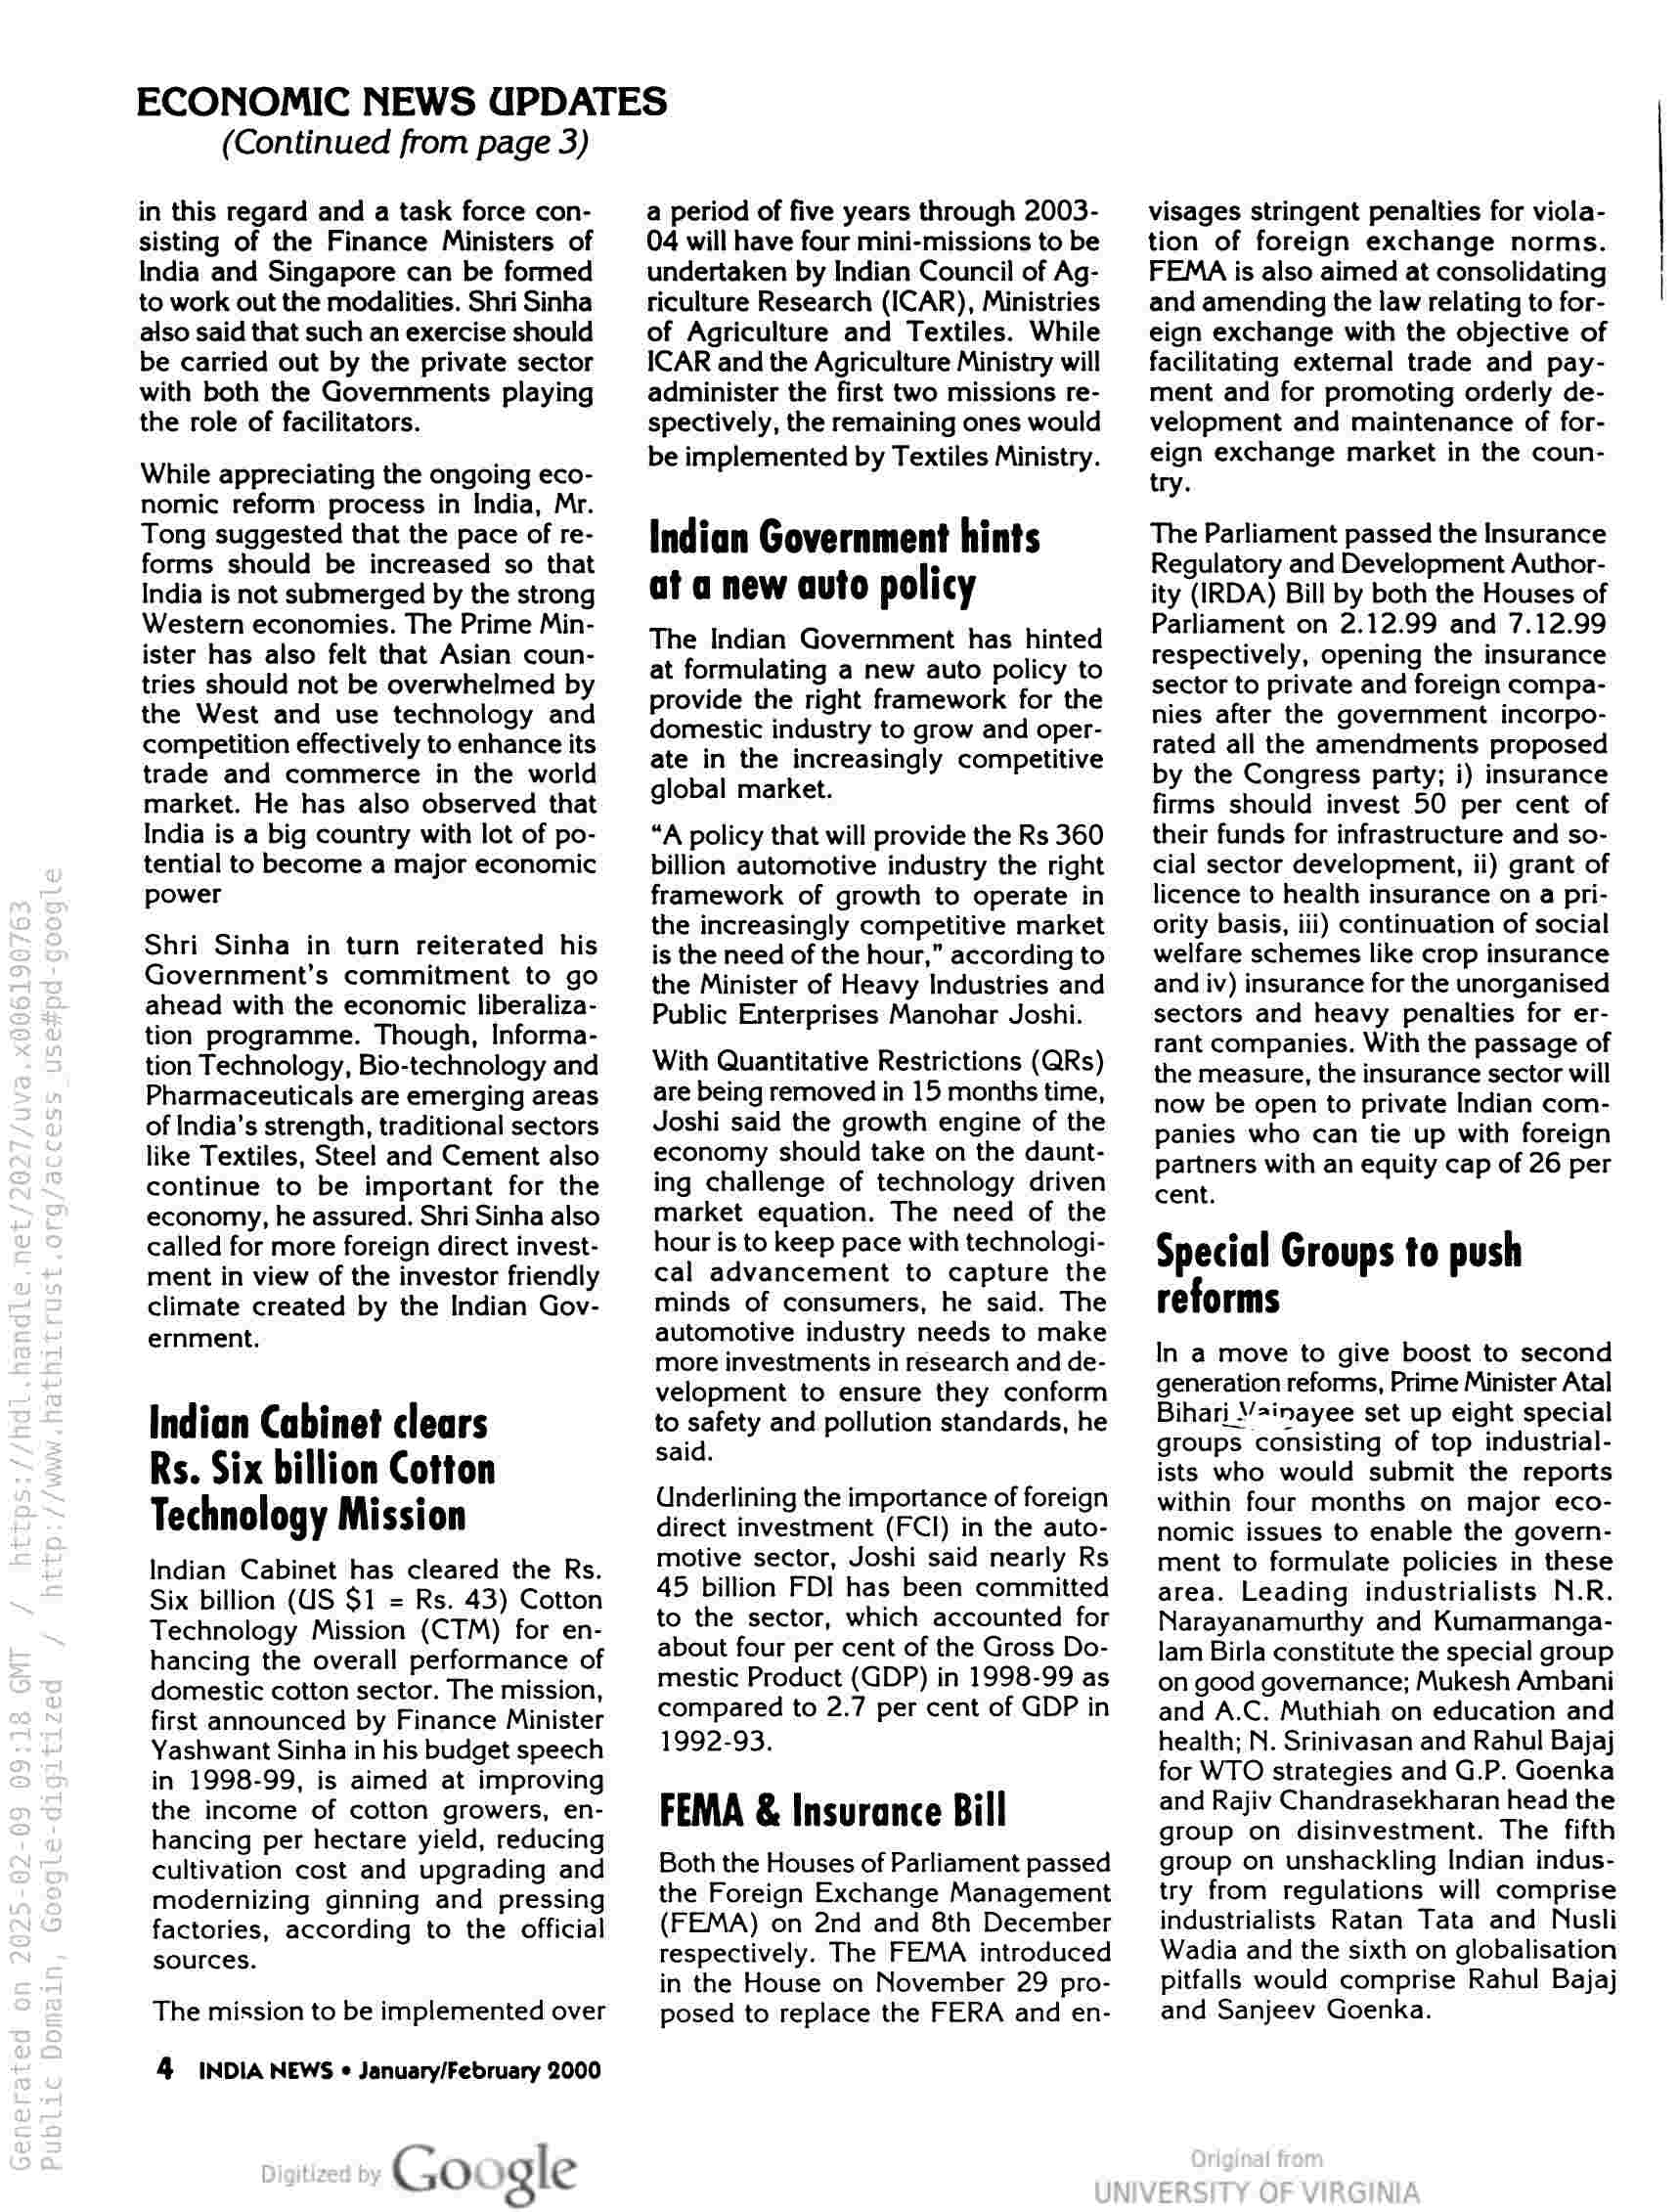
ECONOMIC NEWS UPDATES

(Continued from page 3)

in this regard and a task force con-
sisting of the Finance Ministers of
India and Singapore can be formed
to work out the modalities. Shri Sinha
also said that such an exercise should
be carried out by the private sector
with both the Governments playing
the role of facilitators.

While appreciating the ongoing eco-
nomic reform process in India, Mr.
Tong suggested that the pace of re-
forms should be increased so that
India is not submerged by the strong
Western economies. The Prime Min-
ister has also felt that Asian coun-
tries should not be overwhelmed by
the West and use technology and
competition effectively to enhance its
trade and commerce in the world
market. He has also observed that
India is a big country with lot of po-
tential to become a major economic
power

Shri Sinha in turn reiterated his
Government’s commitment to go
ahead with the economic liberaliza-
tion programme. Though, Informa-
tion Technology, Bio-technology and
Pharmaceuticals are emerging areas
of India’s strength, traditional sectors
like Textiles, Steel and Cement also
continue to be important for the
economy, he assured. Shri Sinha also
called for more foreign direct invest-
ment in view of the investor friendly
climate created by the Indian Gov-
ernment.

Indian Cabinet clears
Rs. Six billion Cotton
Technology Mission

Indian Cabinet has cleared the Rs.
Six billion (US $1 = Rs. 43) Cotton
Technology Mission (CTM) for en-
hancing the overall performance of
domestic cotton sector. The mission,
first announced by Finance Minister
Yashwant Sinha in his budget speech
in 1998-99, is aimed at improving
the income of cotton growers, en-
hancing per hectare yield, reducing
cultivation cost and upgrading and
modernizing ginning and pressing
factories, according to the official
sources.

The mission to be implemented over

4 INDIA NEWS © January/February 2000

Google

a period of five years through 2003-
04 will have four mini-missions to be
undertaken by Indian Council of Ag-
riculture Research (ICAR), Ministries
of Agriculture and Textiles. While
ICAR and the Agriculture Ministry will
administer the first two missions re-
spectively, the remaining ones would
be implemented by Textiles Ministry.

Indian Government hints
at a new auto policy

The Indian Government has hinted
at formulating a new auto policy to
provide the right framework for the
domestic industry to grow and oper-
ate in the increasingly competitive
global market.

“A policy that will provide the Rs 360
billion automotive industry the right
framework of growth to operate in
the increasingly competitive market
is the need of the hour,” according to
the Minister of Heavy Industries and
Public Enterprises Manohar Joshi.

With Quantitative Restrictions (QRs)
are being removed in 15 months time,
Joshi said the growth engine of the
economy should take on the daunt-
ing challenge of technology driven
market equation. The need of the
hour is to keep pace with technologi-
cal advancement to capture the
minds of consumers, he said. The
automotive industry needs to make
more investments in research and de-
velopment to ensure they conform
to safety and pollution standards, he
said.

Underlining the importance of foreign
direct investment (FCI) in the auto-
motive sector, Joshi said nearly Rs
45 billion FDI has been committed
to the sector, which accounted for
about four per cent of the Gross Do-
mestic Product (GDP) in 1998-99 as
compared to 2.7 per cent of GDP in
1992-93.

FEMA & Insurance Bill

Both the Houses of Parliament passed
the Foreign Exchange Management
(FEMA) on 2nd and 8th December
respectively. The FEMA introduced
in the House on November 29 pro-
posed to replace the FERA and en-

visages stringent penalties for viola-
tion of foreign exchange norms.
FEMA is also aimed at consolidating
and amending the law relating to for-
eign exchange with the objective of
facilitating external trade and pay-
ment and for promoting orderly de-
velopment and maintenance of for-
eign exchange market in the coun-
try.

The Parliament passed the Insurance
Regulatory and Development Author-
ity (IRDA) Bill by both the Houses of
Parliament on 2.12.99 and 7.12.99
respectively, opening the insurance
sector to private and foreign compa-
nies after the government incorpo-
rated all the amendments proposed
by the Congress party; i) insurance
firms should invest 50 per cent of
their funds for infrastructure and so-
cial sector development, ii) grant of
licence to health insurance on a pri-
ority basis, iii) continuation of social
welfare schemes like crop insurance
and iv) insurance for the unorganised
sectors and heavy penalties for er-
rant companies. With the passage of
the measure, the insurance sector will
now be open to private Indian com-
panies who can tie up with foreign
partners with an equity cap of 26 per
cent.

Special Groups to push
reforms

In a move to give boost to second
generation reforms, Prime Minister Atal
Bihari_/ainayee set up eight special
groups consisting of top industrial-
ists who would submit the reports
within four months on major eco-
nomic issues to enable the govern-
ment to formulate policies in these
area. Leading industrialists N.R.
Narayanamurthy and Kumarmanga-
lam Birla constitute the special group
on good governance; Mukesh Ambani
and A.C. Muthiah on education and
health; N. Srinivasan and Rahul Bajaj
for WTO strategies and G.P. Goenka
and Rajiv Chandrasekharan head the
group on disinvestment. The fifth
group on unshackling Indian indus-
try from regulations will comprise
industrialists Ratan Tata and Nusli
Wadia and the sixth on globalisation
pitfalls would comprise Rahul Bajaj
and Sanjeev Goenka.